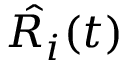
{ \hat { R _ { i } } } ( t )